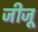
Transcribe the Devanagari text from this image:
जीजू